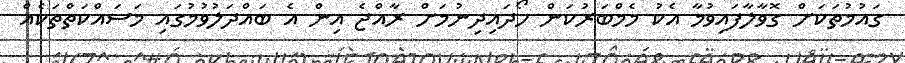
ގައުމުތަކަށް ގޮވާލާފައިވުމާ އެކު މެމްބަރުކަން ހޯދައިދިނުމަށް ރާއްޖެ އިން އެ ބައްދަލުވުމުގައި މަސައްކަތްތަކެއް